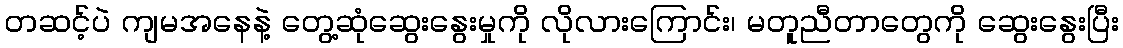
တဆင့်ပဲ ကျမအနေနဲ့ တွေ့ဆုံဆွေးနွေးမှုကို လိုလားကြောင်း၊ မတူညီတာတွေကို ဆွေးနွေးပြီး